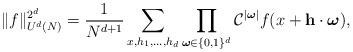
LaTeX: \begin{align*}\Vert f\Vert_{U^{d}(N)}^{2^d} = \frac{1}{N^{d+1}}\sum\limits_{x,h_1,\dots,h_d}\prod\limits_{\boldsymbol{\omega}\in \{0,1\}^d}\mathcal{C}^{\vert \boldsymbol{\omega} \vert} f(x+\mathbf{h}\cdot\boldsymbol{\omega}),\end{align*}